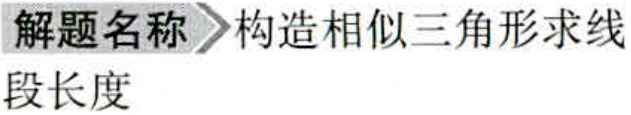
解题名称 \(\rhd\) 构造相似三角形求线段长度